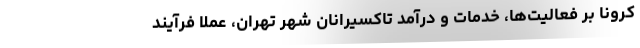
کرونا بر فعالیت‌ها، خدمات و درآمد تاکسیرانان شهر تهران، عملا فرآیند